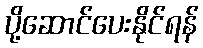
ပို့ဆောင်ပေးနိုင်ရန်